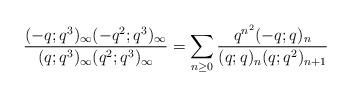
LaTeX: \begin{align*} \frac{(-q;q^3)_\infty(-q^2;q^3)_\infty}{(q;q^3)_\infty(q^2;q^3)_\infty} =\sum_{n\geq 0} \frac{q^{n^2}(-q;q)_{n}}{(q;q)_{n}(q;q^2)_{n+1}}\end{align*}